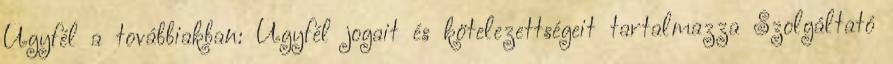
Ügyfél a továbbiakban: Ügyfél jogait és kötelezettségeit tartalmazza Szolgáltató